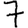
Digit: 7